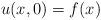
LaTeX: \begin{align*}u(x,0)=f(x)\end{align*}